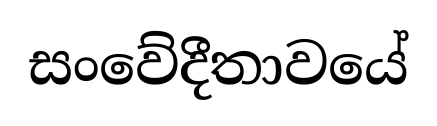
සංවේදීතාවයේ